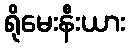
ရိုမေးနီးယား